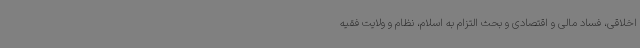
اخلاقی، فساد مالی و اقتصادی و بحث التزام به اسلام، نظام و ولایت فقیه